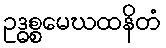
ဥဒ္ဓစ္စမေဃထနိတံ